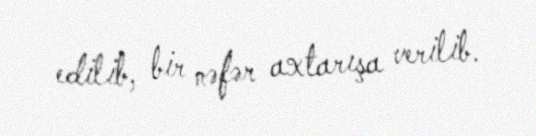
edilib, bir nəfər axtarışa verilib.